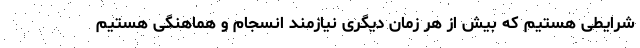
شرایطی هستیم که بیش از هر زمان دیگری نیازمند انسجام و هماهنگی هستیم